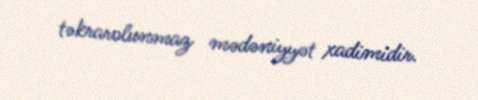
təkrarolunmaz mədəniyyət xadimidir.